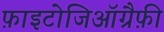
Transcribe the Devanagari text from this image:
फ़ाइटोजिऑग्रैफ़ी